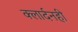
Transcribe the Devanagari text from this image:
क्लार्दनही